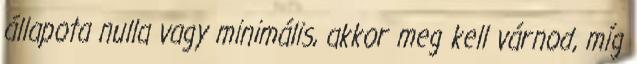
állapota nulla vagy minimális, akkor meg kell várnod, míg